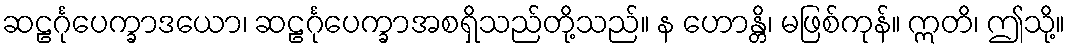
ဆဠင်္ဂုပေက္ခာဒယော၊ ဆဠင်္ဂုပေက္ခာအစရှိသည်တို့သည်။ န ဟောန္တိ၊ မဖြစ်ကုန်။ ဣတိ၊ ဤသို့။